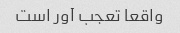
واقعا تعجب آور است